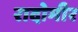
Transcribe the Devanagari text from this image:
रादोमीर